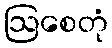
ဩစေတုံ